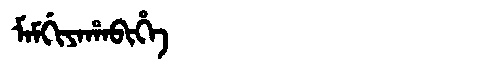
Manchu: ᠮᠠᠮᡤᡳᠶᠠᡥᠠᠪᡳᡥᡝ
Romanization: MAMGIYAHABIHE